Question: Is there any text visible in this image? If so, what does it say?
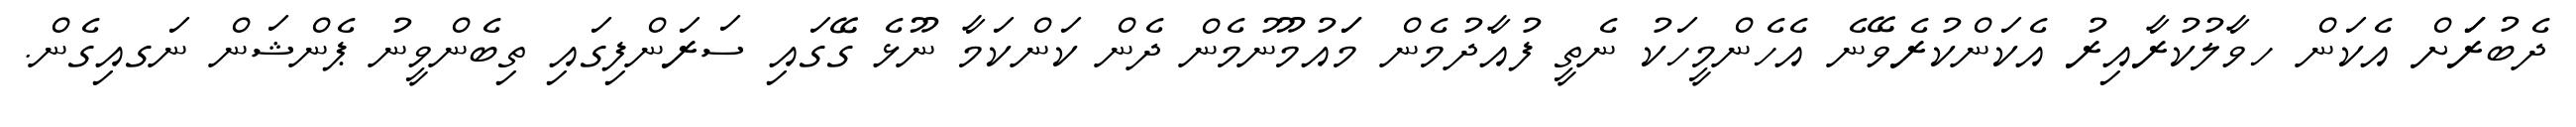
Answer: ދެބުރަަަށް އެކަން ހވާލުކުރާއިރު އެކަންކުރެވޭނެ އެހެންމީހަކު ނެތީ ފުއާދުމެން މަައުމޫނުމެން ދެން ކަންކަމާ ނޫޅެ ގޭގައި ސަރަންފިގައި ތިބެންވީނު ޕެންޝަން ނަގއިގެން.